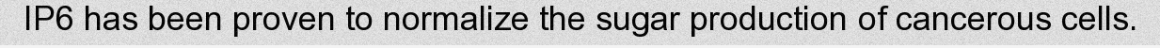
IP6 has been proven to normalize the sugar production of cancerous cells.